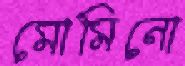
মোমিনো